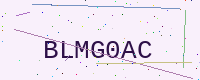
Text: BLMG0AC